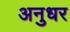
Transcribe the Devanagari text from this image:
अनुधर